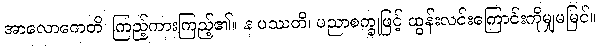
အာလောကေတိ၊ ကြည့်ကားကြည့်၏။ န ပဿတိ၊ ပညာစက္ခုဖြင့် ထွန်းလင်းကြောင်းကိုမျှမမြင်။